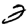
Digit: 2